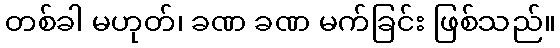
တစ်ခါ မဟုတ်၊ ခဏ ခဏ မက်ခြင်း ဖြစ်သည်။